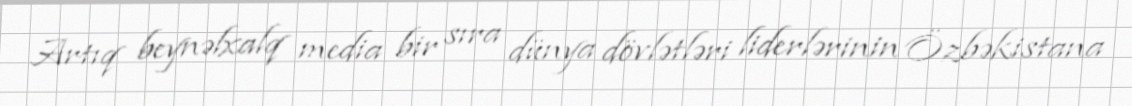
Artıq beynəlxalq media bir sıra dünya dövlətləri liderlərinin Özbəkistana